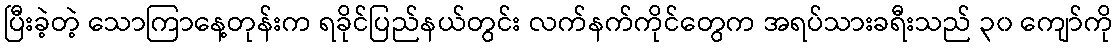
ပြီးခဲ့တဲ့ သောကြာနေ့တုန်းက ရခိုင်ပြည်နယ်တွင်း လက်နက်ကိုင်တွေက အရပ်သားခရီးသည် ၃၀ ကျော်ကို